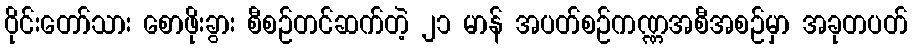
ဝိုင်းတော်သား စောဖိုးခွား စီစဉ်တင်ဆက်တဲ့ ၂၁ မာန် အပတ်စဉ်ကဏ္ဏအစီအစဉ်မှာ အခုတပတ်